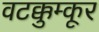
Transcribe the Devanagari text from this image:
वटक्कुम्कूर